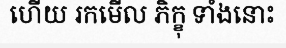
ហើយ រកមើល ភិក្ខុ ទាំងនោះ